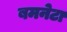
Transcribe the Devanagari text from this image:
बमनेटा